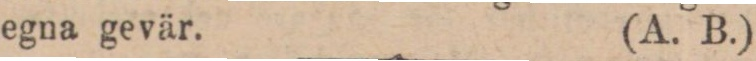
egna gevär. (A. B.)